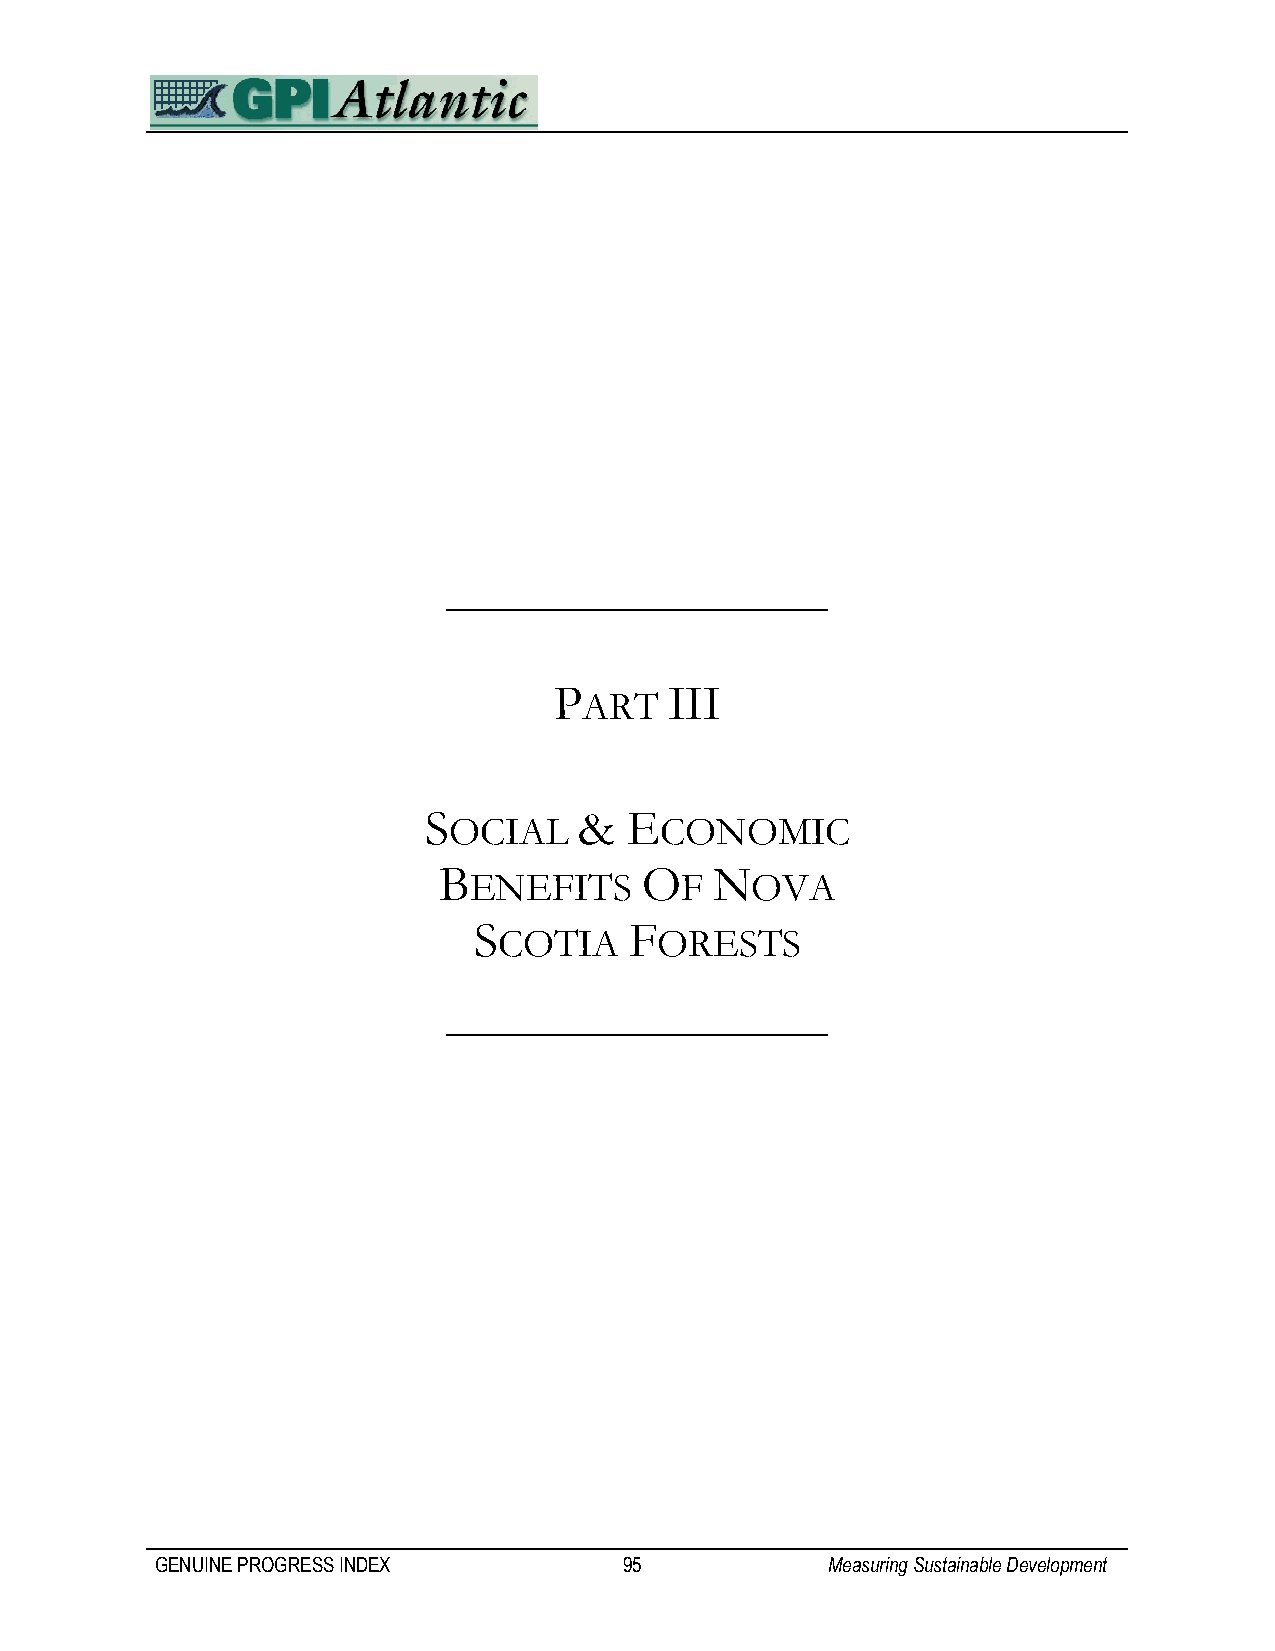
P      III
 ART
 S         &   E
 OCIAL         CONOMIC
 B            O    N
 ENEFITS       F    OVA
 S          F
 COTIA      ORESTS
 GENUINE PROGRESS INDEX         95            Measuring Sustainable Development